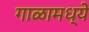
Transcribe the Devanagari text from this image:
गाळामध्ये